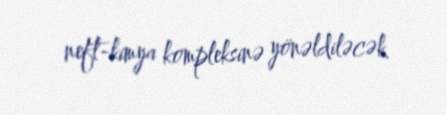
neft-kimya kompleksinə yönəldiləcək.